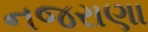
નજરાણા